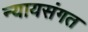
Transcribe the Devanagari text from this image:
न्‍यायसंगत